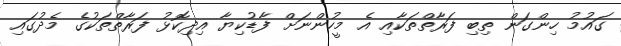
ގައުމު ހިންގަން ތިބި ފަރާތްތަކާއި އެ މީހުންނަށް ފާޑުކިޔާ އިދިކޮޅު ފަރާތްތަކުގެ މެދުގައި